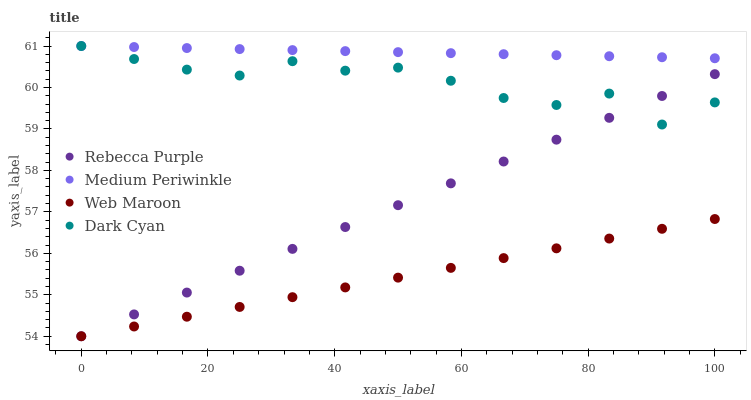
| xaxis_label | Rebecca Purple | Medium Periwinkle | Web Maroon | Dark Cyan |
 | --- | --- | --- | --- | --- |
 | 0 | 54 | 61 | 54 | 61 |
 | 8.33 | 54.5 | 61 | 54.2 | 60.7 |
 | 16.7 | 55.1 | 61 | 54.5 | 60.4 |
 | 25 | 55.6 | 60.9 | 54.7 | 60.3 |
 | 33.3 | 56.1 | 60.9 | 54.9 | 60.6 |
 | 41.7 | 56.6 | 60.9 | 55.2 | 60.4 |
 | 50 | 57.2 | 60.9 | 55.4 | 60.5 |
 | 58.3 | 57.7 | 60.8 | 55.6 | 60.2 |
 | 66.7 | 58.2 | 60.8 | 55.9 | 59.7 |
 | 75 | 58.7 | 60.8 | 56.1 | 59.6 |
 | 83.3 | 59.3 | 60.8 | 56.4 | 59.9 |
 | 91.7 | 59.8 | 60.7 | 56.6 | 59.1 |
 | 100 | 60.3 | 60.7 | 56.8 | 59.6 |